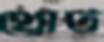
থ্রোট